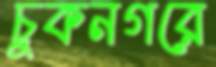
চুকনগরে